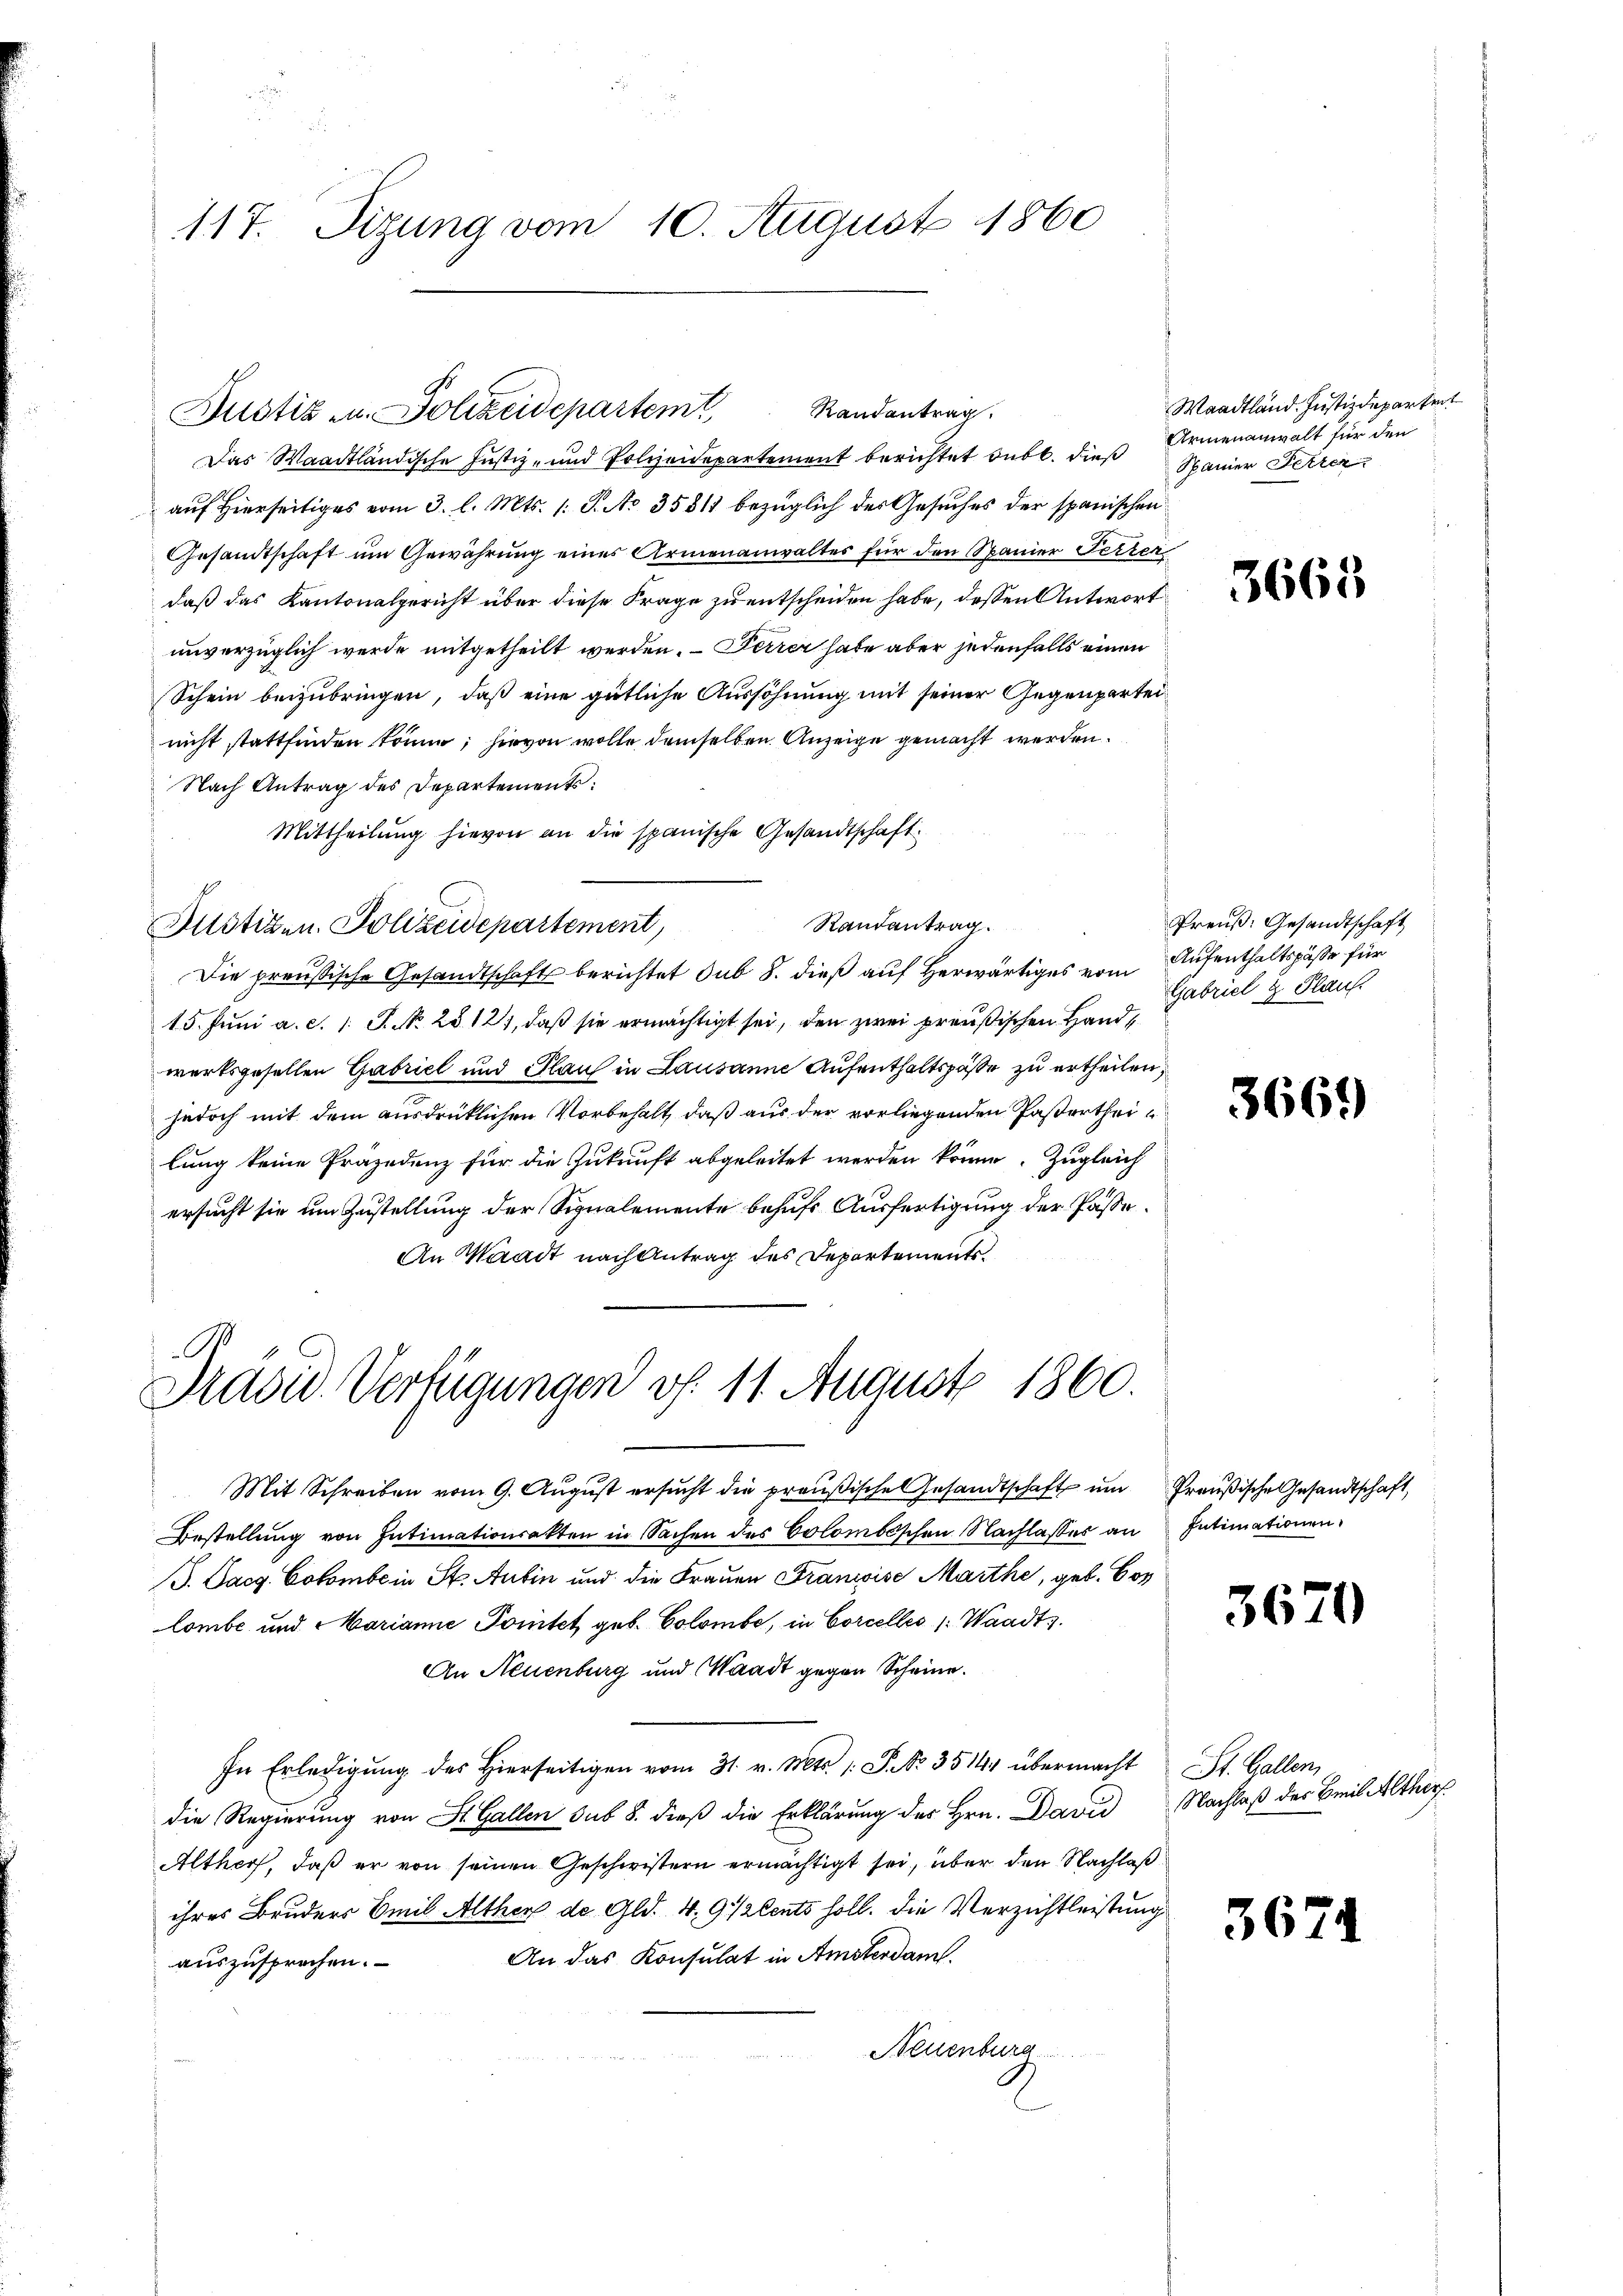
117. Sizung vom 10. August 1860

Das Waadtländische Justiz- und Polizeidepartement berichtet bubt. dies Spanier Fetzer
auf Hierseitiges vom 3. l. Mts. 1 S. No 35811 bezüglich des Gesuches der spanischen
Gesandtschaft um Gewährung eines Armenanwaltes für den Spanier Terzen
daß das Kantonalgericht über diese Frage zu entscheiden habe, dessen Antwort
unverzüglich werde mitgetheilt werden. – Ferrer habe aber jedenfalls einen
Schein beizubringen, daß eine gütliche Aussöhnung mit seiner Gegenparteinicht stattfinden könne; hievon wolle demselben Anzeige gemacht werden.
Nach Antrag des Departements:
Mittheilung hievon an die spanische Gesandtschaft.
Randantrag.
Justizen. Polizeidepartement,
Die preußische Gesandtschafts berichtet sub 8. dieß auf Herwärtiges vom
15. Juni a. c. 1. J. N. 25. 121, daß sie ermächtigt sei, den zwei preußischen Handwerksgesellen Gabriel und Glaus in Lausanne Aufenthaltspäße zu ertheilen,
jedoch mit dem ausdrücklichen Vorbehalt, daß aus der vorliegenden Pastertheilung keine Präsidenz für die Zukunft abgeleitet werden könne. Zugleich
ersucht sie um Zustellung der Signalemente behufs Ausfertigung der Pässe.
An Waadt nach Antrag des Departements.

Randantrag.
Justiz u. Polizeidepartem

Präsid. Verfügungen v. 11. August 1860.

Mit Schreiben vom 9. August ersucht die preußische Gesandtschaft um
Bestellung von Intimationsakten in Sachen des Colombischen Nachlasses an
J. Pacg. Colombe in St. Aubin und die Frauen Francise Marthe, geb. Bos
lombe und Marianne Portet geb. Colombe, in Corcelles /: Waadts.
An Neuenburg und Waadt gegen Scheine.
In Erledigung des Hierseitigen vom 31. v. Mts. /: P. No. 35144 übermacht
die Regierung von St. Gallen sub 8. dieß die Erklärung des Hrn. David
Alther, daß er von seinen Geschwistern ermächtigt sei, über den Nachlaß
ihres Bruders Emil Alther de Gld. 4. 942 ents soll. Die Verzichtleistung
An das Konsulat in Amsterdam.
auszusprechen.
Neuenburg

Waadtländ. Justizdepartent
Armenanwalt für den

3665

Preuß. Gesandtschaft,
Aufenthaltspässe für
Gabriel u. Plauf.

3669

Preußische Gesandtschaft,
Intimationen.

3620)

3674

St. Gallen
Nachlaß der Breit Alther